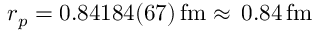
r _ { p } = 0 . 8 4 1 8 4 ( 6 7 ) \, \mathrm { f m } \approx \, 0 . 8 4 \, \mathrm { f m }